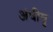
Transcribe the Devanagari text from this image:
अंधीयु